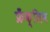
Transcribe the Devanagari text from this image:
फ्रँक्लिन